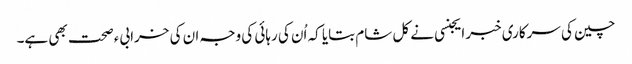
چین کی سرکاری خبر ایجنسی نے کل شام بتایا کہ اُن کی رہائی کی وجہ ان کی خرابیء صحت بھی ہے۔